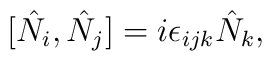
[\hat{N}_{i},\hat{N}_{j}]=i\epsilon_{ijk}\hat{N}_{k},